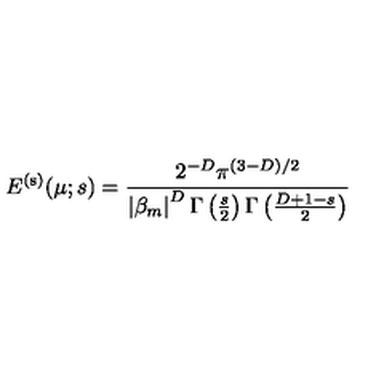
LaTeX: E ^ { \mathrm { ( s ) } } ( \mu ; s ) = \frac { 2 ^ { - D } \pi ^ { ( 3 - D ) / 2 } } { \left| \beta _ { m } \right| ^ { D } \Gamma \left( \frac { s } { 2 } \right) \Gamma \left( \frac { D + 1 - s } { 2 } \right) }